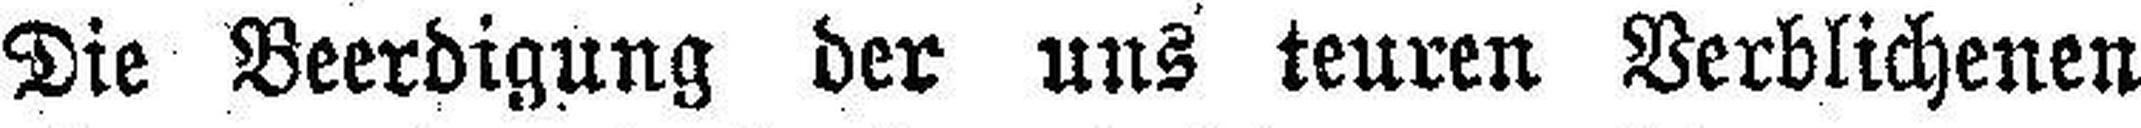
Die Beerdigung der uns teuren Verblichenen